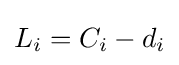
L_{i}=C_{i}-d_{i}